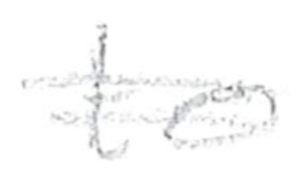
Text: to
Cross-out: double-line
Writing tool: pencil